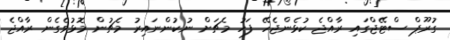
ގުރޫޕް ސްޓޭޖްގައި ރާއްޖެ ކުޅެންޖެހޭ ފަހު މެޗަށް ނުކުންނައިރު މެޗުން މޮޅުވެގެން ރާއްޖެ